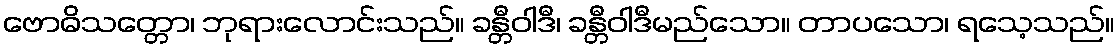
ဗောဓိသတ္တော၊ ဘုရားလောင်းသည်။ ခန္တီဝါဒီ၊ ခန္တီဝါဒီမည်သော။ တာပသော၊ ရသေ့သည်။